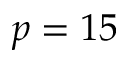
p = 1 5